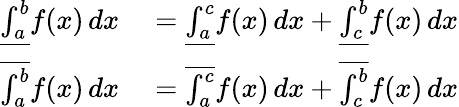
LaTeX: \begin{array}{rl}{{\underline{{\int_{a}^{b}}}}f(x)\, dx}&{{}={\underline{{\int_{a}^{c}}}}f(x)\, dx+{\underline{{\int_{c}^{b}}}}f(x)\, dx}\\ {{\overline{{\int_{a}^{b}}}}f(x)\, dx}&{{}={\overline{{\int_{a}^{c}}}}f(x)\, dx+{\overline{{\int_{c}^{b}}}}f(x)\, dx}\end{array}